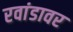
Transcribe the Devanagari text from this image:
रवांडावर